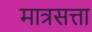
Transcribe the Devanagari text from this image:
मात्रसत्ता